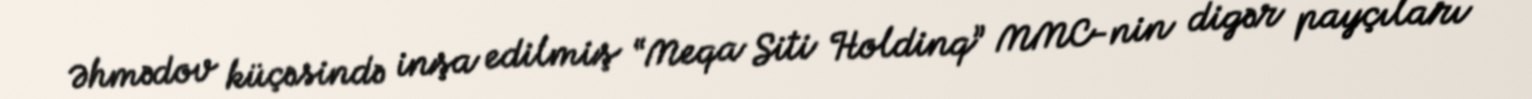
Əhmədov küçəsində inşa edilmiş “Meqa Siti Holdinq” MMC-nin digər payçıları